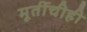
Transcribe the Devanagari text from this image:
मूर्तीचीही